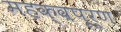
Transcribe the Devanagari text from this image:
महक्वपूर्ण